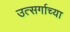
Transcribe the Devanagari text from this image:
उत्सर्गाच्या